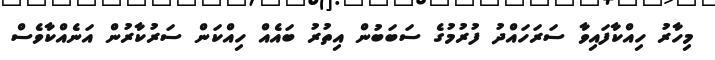
މިހާރު ހިއްކާފައިވާ ސަރަހައްދު ފުރުމުގެ ސަބަބުން އިތުރު ބައެއް ހިއްކަން ސަރުކާރުން އަނެއްކާވެސް